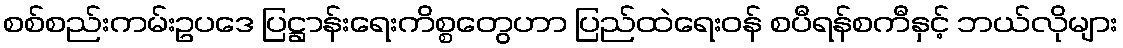
စစ်စည်းကမ်းဥပဒေ ပြဋ္ဌာန်းရေးကိစ္စတွေဟာ ပြည်ထဲရေးဝန် စပီရန်စကီနှင့် ဘယ်လိုများ